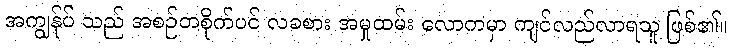
အကျွန်ုပ် သည် အစဉ်တစိုက်ပင် လခစား အမှုထမ်း လောကမှာ ကျင်လည်လာရသူ ဖြစ်၏။